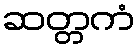
ဆတ္တကံ